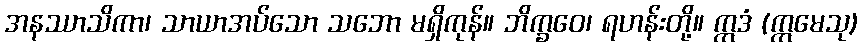
အနဿာသိကာ၊ သာယာအပ်သော သဘော မရှိကုန်။ ဘိက္ခဝေ၊ ရဟန်းတို့။ ဣဒံ (ဣမေသု)